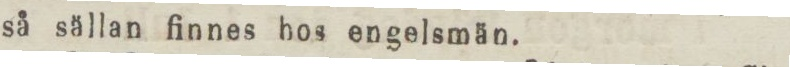
så sällan finnes hos engelsmän.